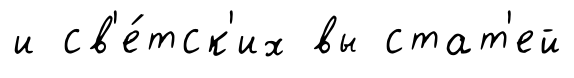
и св'е́тск'их вы стат'ей